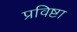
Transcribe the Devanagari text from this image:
प्रविष्टा